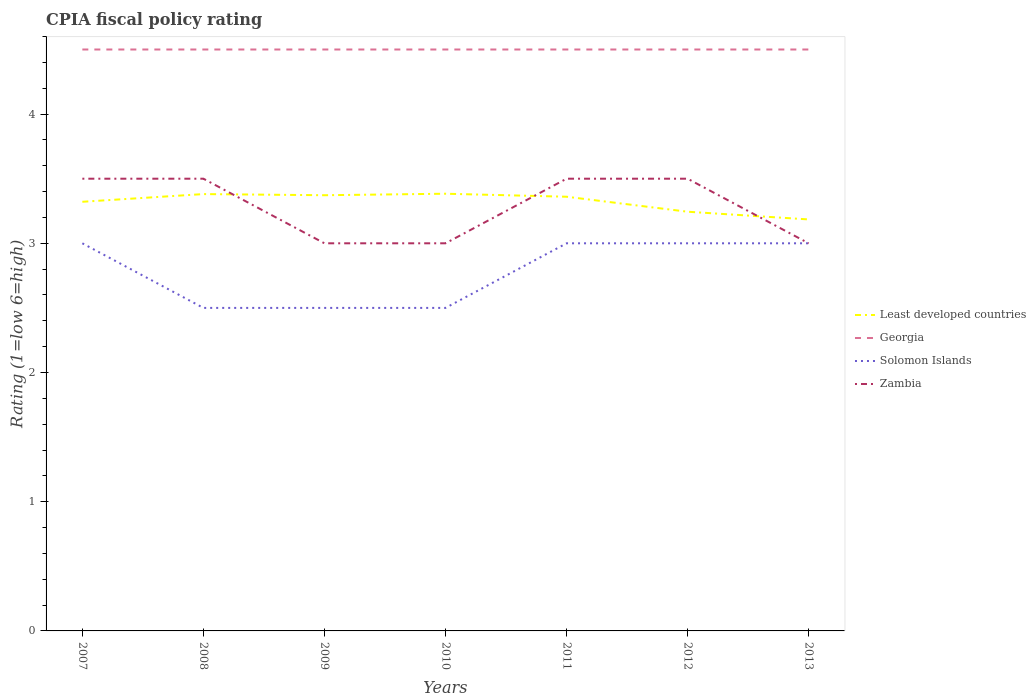
| Years | Least developed countries | Georgia | Solomon Islands | Zambia |
 | --- | --- | --- | --- | --- |
 | 2007 | 3.32 | 4.5 | 3 | 3.5 |
 | 2008 | 3.38 | 4.5 | 2.5 | 3.5 |
 | 2009 | 3.37 | 4.5 | 2.5 | 3 |
 | 2010 | 3.38 | 4.5 | 2.5 | 3 |
 | 2011 | 3.36 | 4.5 | 3 | 3.5 |
 | 2012 | 3.24 | 4.5 | 3 | 3.5 |
 | 2013 | 3.18 | 4.5 | 3 | 3 |